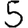
Digit: 5